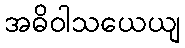
အဓိဝါသယေယျ